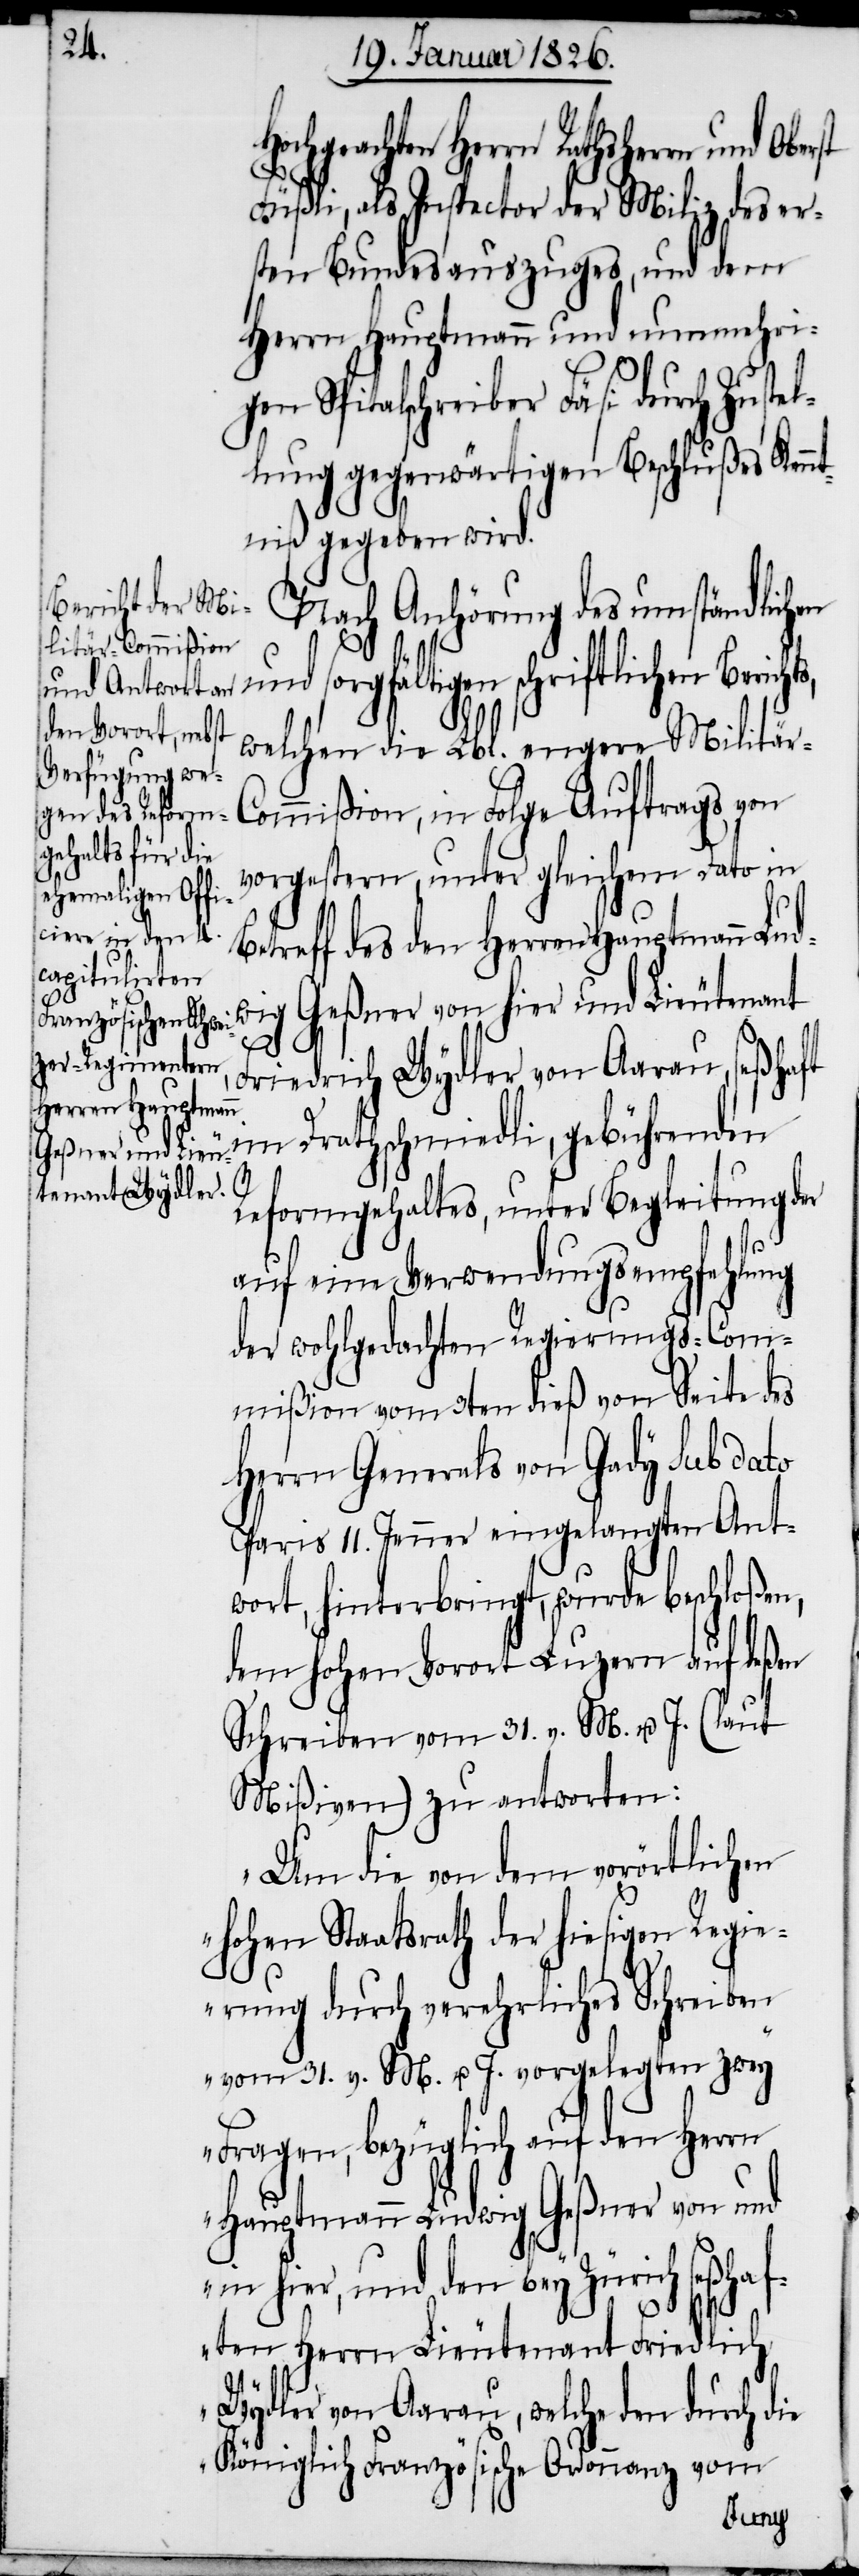
Hochgeachten Herrn Rathsherrn und
Füßli, als Inspector der Miliz des er¬
sten Bundesauszuges, und dem
Herrn Hauptmann und nunmehri¬
gen Spitalschreiber Fäsi durch Zustel¬
lung gegenwärtigen Beschlußes Kennt¬
niß gegeben wird.
Nach Anhörung des umständlichen
und sorgfältigen schriftlichen Berichts,
welchen die Lbl. engere Militär-C¬
ommißion, in Folge Auftrags von
vorgestern, unter gleichem Dato in
etreff des den Herren Hauptmann Lud¬
wig Geßner von hier und Lieutenant
Friedrich Wydler von Aarau, seßhaft
im Drathschmiedli, gebührenden
Reformgehaltes, unter Begleitung der
auf eine Verwendungsempfehlung
der wohlgedachten Regierungs-Com¬
mißion vom 3ten dieß von Seite des
Herrn Generals von Gady sub dato
Paris 11. Jenner eingelangten Ant¬
wort, hinterbringt, wurde beschloßen,
dem hohen Vorort Luzern auf deßen
Schreiben vom 31. v. M. u. J. (laut
Mißiven) zu antworten:
„Um die von dem vorörtlichen
hohen Staatsrath der hiesigen Regi¬
erung durch verehrliches Schreiben
vom 31. v. M. u. J. vorgelegten zwey
Fragen, bezüglich auf den Herrn
Hauptmann Ludwig Geßner von und
in hier, und den bey Zürich seßhaf¬
ie
ten Herrn Lieutenant Friedrich
Wydler von Aarau, welche den durch d¬
Königlich Französische Ordonnanz vom